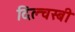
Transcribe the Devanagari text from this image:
दिल्चस्बी